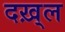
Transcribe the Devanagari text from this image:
दख़्ल